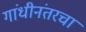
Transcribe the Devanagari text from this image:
गांधीनंतरचा